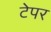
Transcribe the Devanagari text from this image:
टेपर